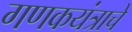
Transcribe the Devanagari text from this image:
गणकयंत्राचे